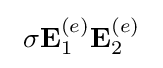
\ \sigma \mathbf {E} _{1}^{(e)}\mathbf {E} _{2}^{(e)}\